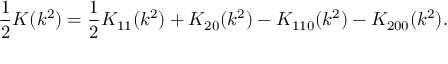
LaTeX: \frac { 1 } { 2 } K ( k ^ { 2 } ) = \frac { 1 } { 2 } K _ { 1 1 } ( k ^ { 2 } ) + K _ { 2 0 } ( k ^ { 2 } ) - K _ { 1 1 0 } ( k ^ { 2 } ) - K _ { 2 0 0 } ( k ^ { 2 } ) .